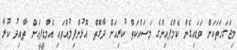
މިޖަގަހަތަކަށް ވަޑައިގެން ކެމްޕެއިންގެ މަސައްކަތް ކުރިއަށް ދާގޮތް އޮޅުންފިލުއްވައި އެމްޑީޕީއަށް ތާއިދު ކުރާ